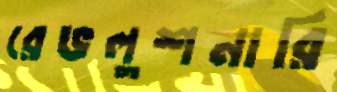
রেভলুশনারি